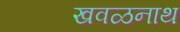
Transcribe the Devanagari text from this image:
खवळनाथ